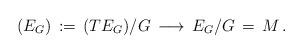
LaTeX: \begin{align*}(E_G)\, :=\, (TE_G)/G\, \longrightarrow\, E_G/G \,=\, M\, .\end{align*}